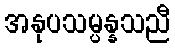
အနုပသမ္ပန္နသညီ